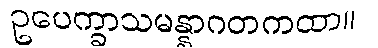
ဥပေက္ခာသမန္နာဂတကထာ။